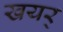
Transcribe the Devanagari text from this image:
खयर्